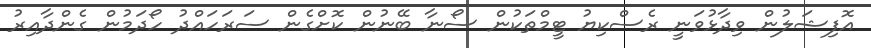
އޮފިޝަލުން ވިދާޅުވަނީ ރެސްކިޔު ޓީމްތަކުން ސޯނާ ބޭނުން ކޮށްގެން ސަރަހައްދު ހޯދަމުން ގެންދާއިރު